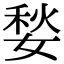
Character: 媝